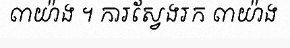
៣យ៉ាង ។ ការស្វែងរក ៣យ៉ាង